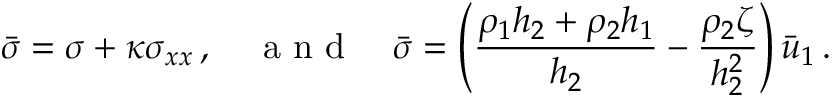
\bar { \sigma } = \sigma + \kappa \sigma _ { x x } \, , \quad \mathrm { ~ a ~ n ~ d ~ } \quad \bar { \sigma } = \left( { \frac { \rho _ { 1 } h _ { 2 } + \rho _ { 2 } h _ { 1 } } { h _ { 2 } } } - { \frac { \rho _ { 2 } \zeta } { h _ { 2 } ^ { 2 } } } \right) \bar { u } _ { 1 } \, .